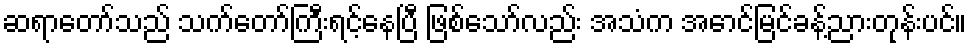
ဆရာတော်သည် သက်တော်ကြီးရင့်နေပြီ ဖြစ်သော်လည်း အသံက အောင်မြင်ခန့်ညားတုန်းပင်။